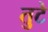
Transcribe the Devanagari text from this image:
तुटे